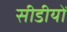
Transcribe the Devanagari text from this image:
सीडीयों